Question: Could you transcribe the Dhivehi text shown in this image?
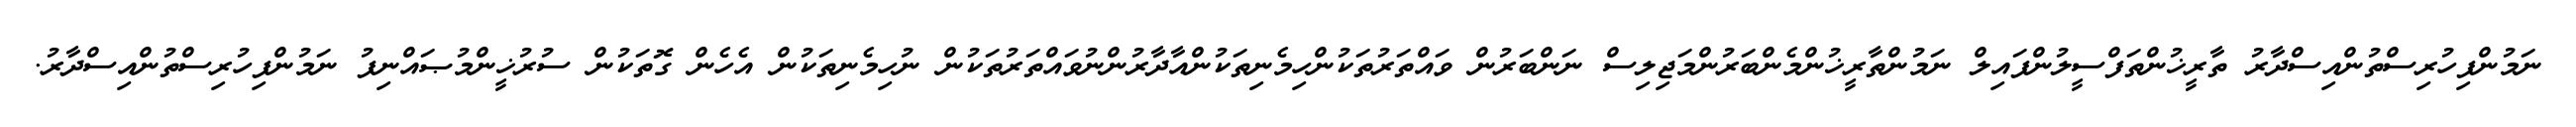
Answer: ނަމުންފިހުރިސްތުންއިސްދާރު ތާރީޚުންތަފްސީލުންފައިލް ނަމުންތާރީޚުންމެންބަރުންމަޖިލިސް ނަންބަރުން ވައްތަރުތަކުންހިމެނިތަކުންއާދާރުންނުވައްތަރުތަކުން ނުހިމެނިތަކުން އެހެން ގޮތަކުން ސުރުޚީންމުޞައްނިފު ނަމުންފިހުރިސްތުންއިސްދާރު.